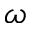
\omega